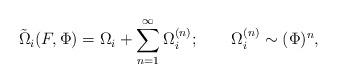
LaTeX: \begin{align*}\tilde{\Omega}_i(F, \Phi) = \Omega_i + \sum_{n=1}^{\infty} \Omega_i^{(n)}; ~~~~~~\Omega_i^{(n)} \sim (\Phi)^n,\end{align*}